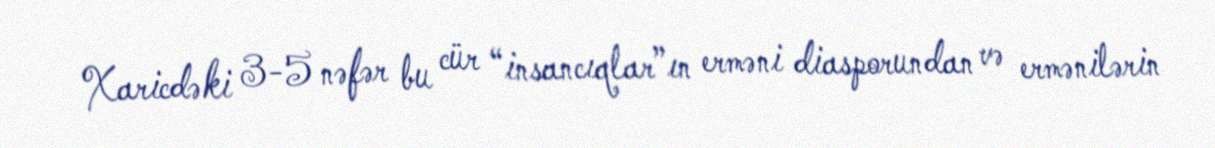
Xaricdəki 3-5 nəfər bu cür “insancıqlar”ın erməni diasporundan və ermənilərin